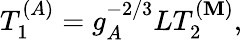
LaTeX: T_{1}^{(A)}=g_{A}^{-2/3}LT_{2}^{(\mathbf{M})},